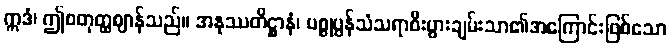
ဣဒံ၊ ဤစတုတ္ထဈာန်သည်။ အနုဿတိဋ္ဌာနံ၊ ပစ္စုပ္ပန်သံသရာစီးပွားချမ်းသာ၏အကြောင်းဖြစ်သော